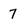
Character: 7